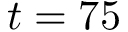
t = 7 5